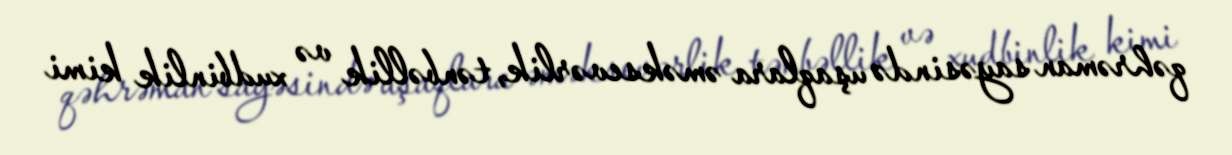
qəhrəman sayəsində uşaqlara əməksevərlik, tənbəllik və xudbinlik kimi